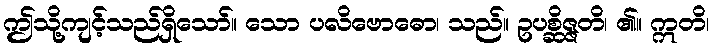
ဤသို့ကျင့်သည်ရှိသော်။ သော ပလိဗောဓော၊ သည်။ ဥပစ္ဆိဇ္ဇတိ၊ ၏။ ဣတိ၊